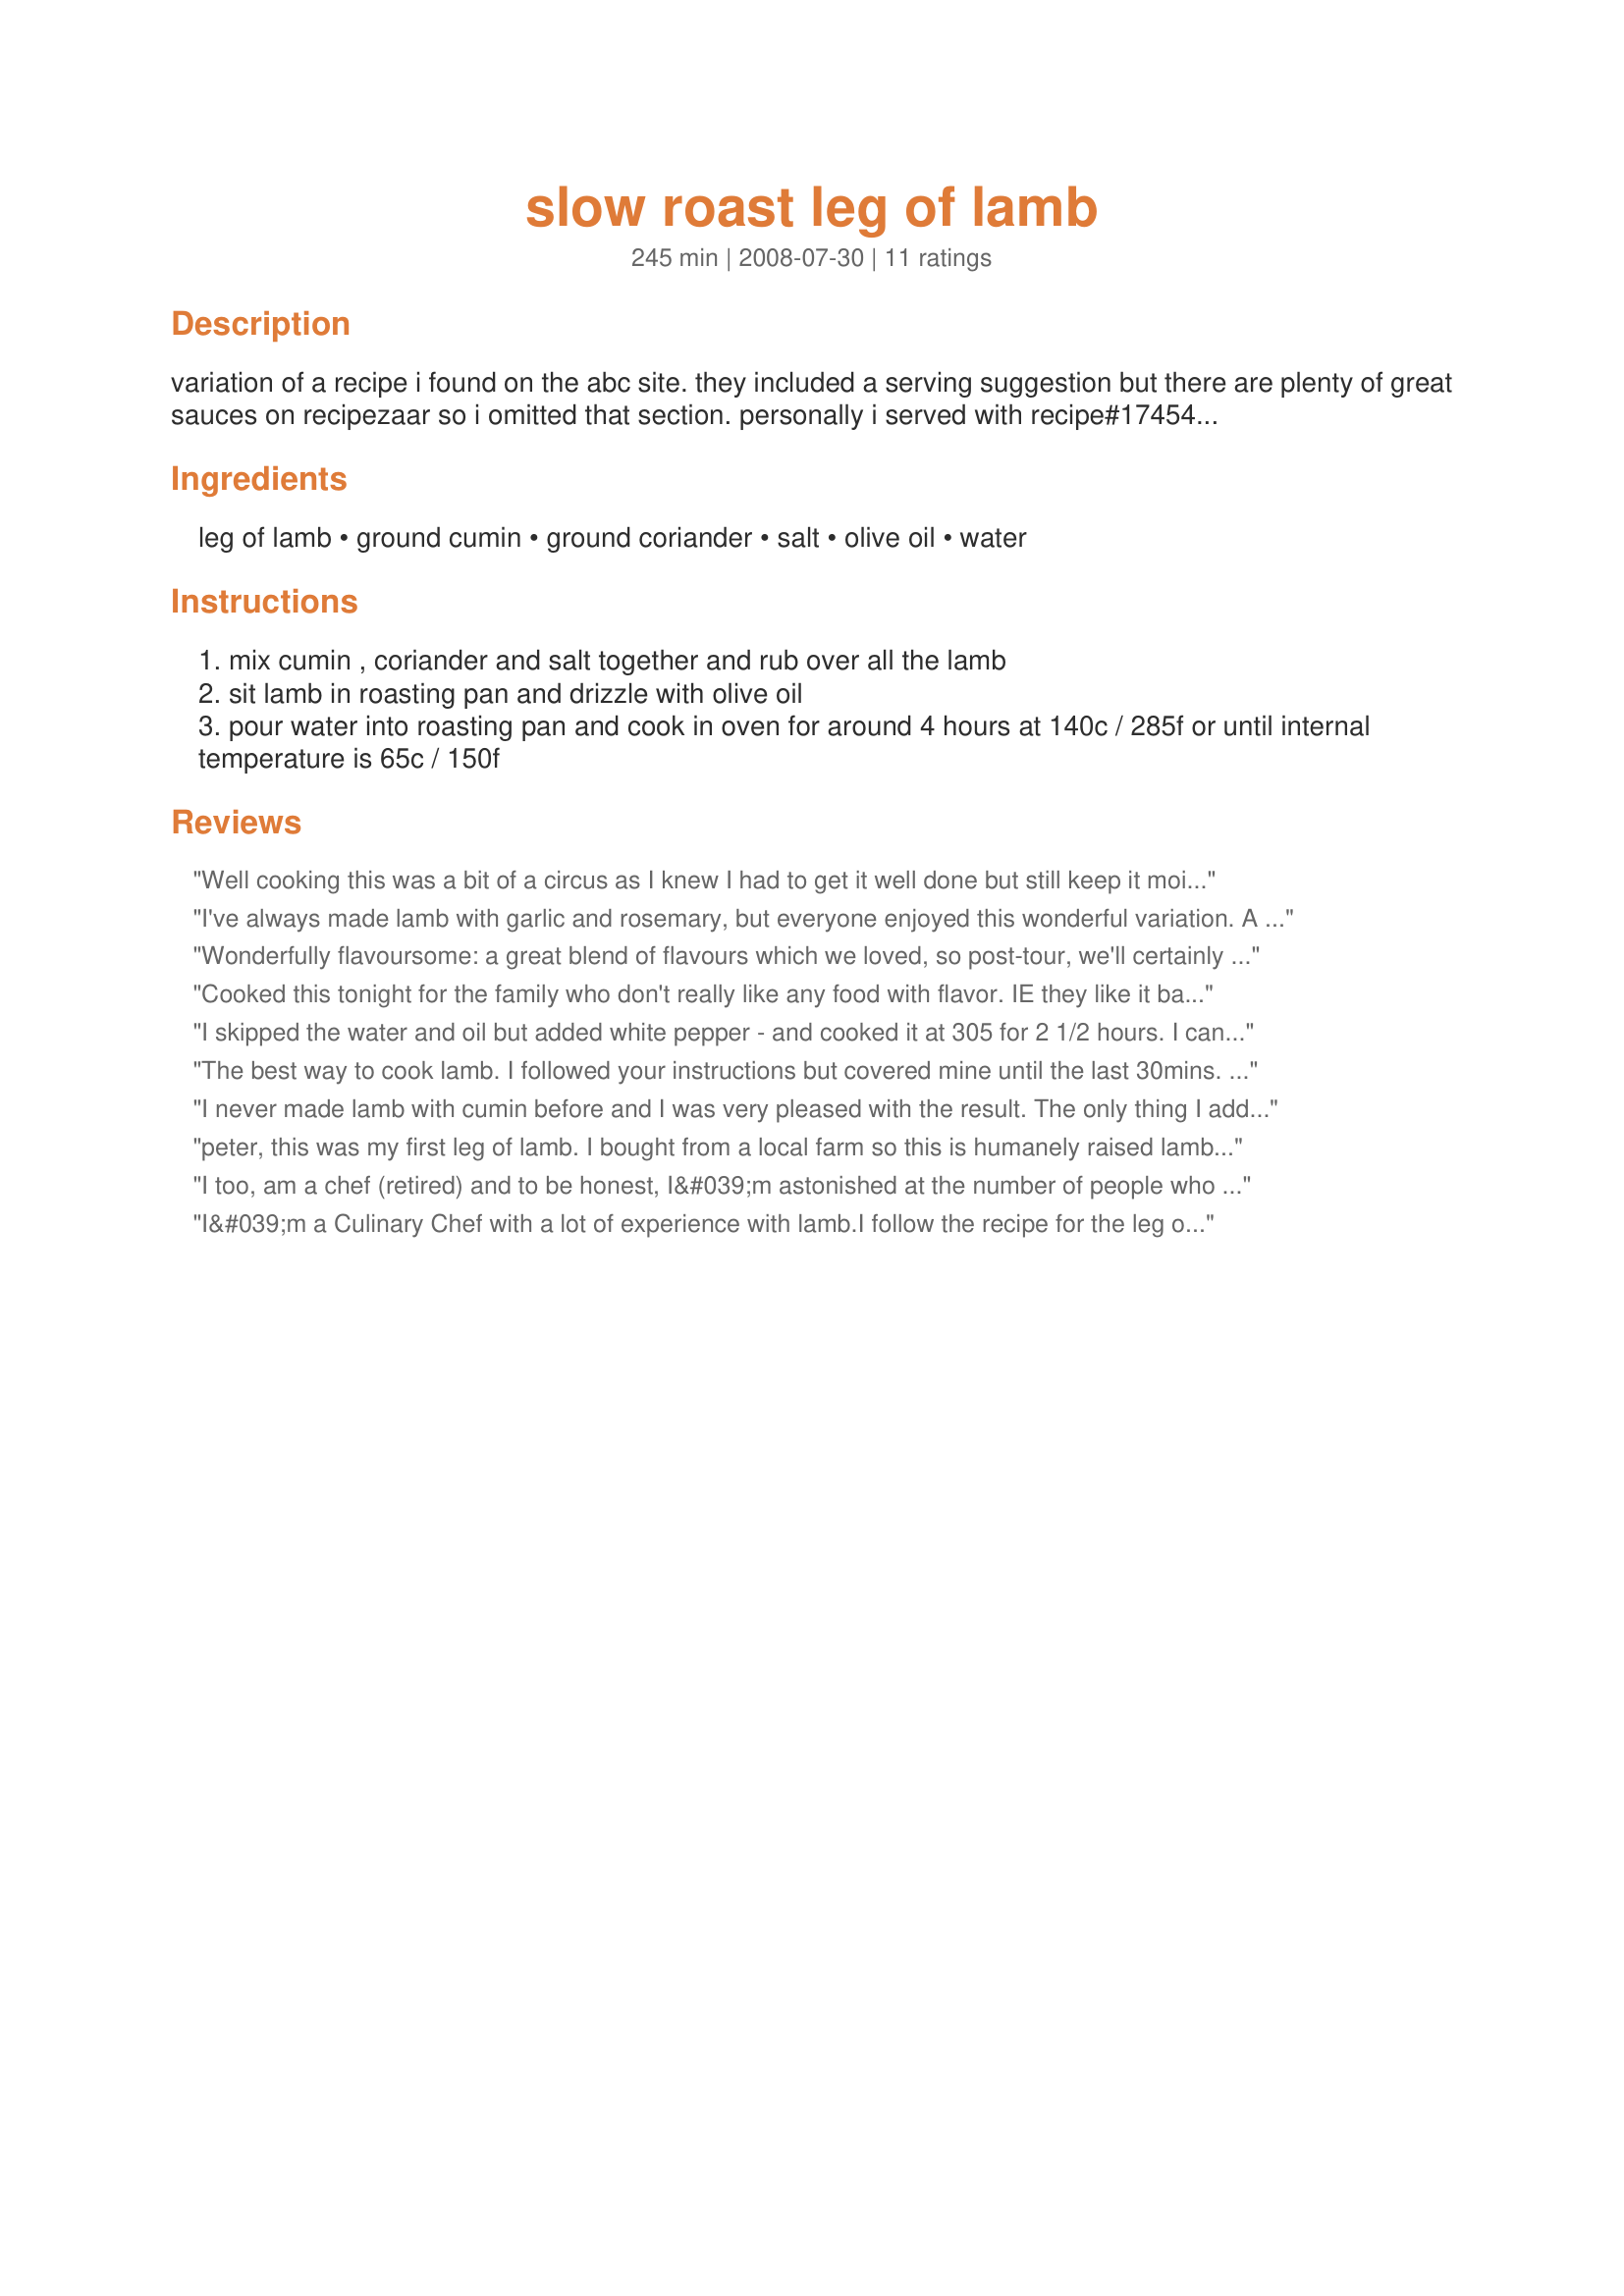
slow roast leg of lamb
Preparation time: 245 minutes

variation of a recipe i found on the abc site. they included a serving suggestion but there are plenty of great sauces on recipezaar so i omitted that section. personally i served with recipe#174543 but thought i'd leave this as an easy to prepare basic techique you can adapt yourself.

Ingredients:
leg of lamb, ground cumin, ground coriander, salt, olive oil, water

Steps:
mix cumin , coriander and salt together and rub over all the lamb
sit lamb in roasting pan and drizzle with olive oil
pour water into roasting pan and cook in oven for around 4 hours at 140c / 285f or until internal temperature is 65c / 150f

Reviews:
Well cooking this was a bit of a circus as I knew I had to get it well done but still keep it moist (achieved that) - baked a 1.8K leg at 130C fan forced for 5 1/4 hours [but thought it would take 6 hours, so had to keep it warm - lowered oven to just warm and put a lid on the roast). The vegies were cooking in the second oven and we bought it all together. Did try making a gravy from the pan juices but did not work, tasted awful to be true to fact. The DH was not at all keen on the flavour combination but I expected that and was hoping to convert him but the DS and I loved (but I would still prefer a bit of pink there but is out voted). Thank you Peter, made as a pressie/recipenap for Aussie/NZ forum Swap #39 April 2010.
I've always made lamb with garlic and rosemary, but everyone enjoyed this wonderful variation. A great plus is that, when cooking, it gives the kitchen a wonderful aroma. Made 1/2 a lamb leg, so halved most ingredients (but used 1 1/2 cups water) and cooked it all for only 2 hours. Tender and delicious. Thanks for posting.
Wonderfully flavoursome: a great blend of flavours which we loved, so post-tour, we'll certainly be making this again. I've always been partial to cumin, but I've never used it in cooking lamb so for us this was a delightful culinary adventure. My only addition was a couple of cloves of minced garlic. I wasn't going to be home until particularly late this evening so left the very-easy-to-follow instructions with my 86 year old mother. As soon as I opened the front door, I was greeted with the most delightful fragrance from the cooked lamb. WOW! Thanks so much for posting this fabulous recipe, Peter. WOW! WOW and WOW again! Made for Ali Baba's Babes for ZWT 5.
Cooked this tonight for the family who don't really like any food with flavor. IE they like it basic, just meat. But they enjoyed a change. Cumin goes great with lamb!
I skipped the water and oil but added white pepper - and cooked it at 305 for 2 1/2 hours. I can't believe how delicious it tasted. This recipe was extremely easy and quick to prepare. This was the first time I ever cooked a lamb leg without garlic and rosemary. It didn't at all taste like cumin. This will be my recipe from now on.
The best way to cook lamb. I followed your instructions but covered mine until the last 30mins. I also sometimes cook my lamb from frozen this way but dont add the water for a simialar result. I loved he subtle flavour the spices gave. I usually just use garlic but will use this from now on with maybe a litle garlic powder added.
A real 'keeper' in my opinion. Thanks for posting :)
I never made lamb with cumin before and I was very pleased with the result. The only thing I added was a little minced garlic. Thanx for a new way to prepare lamb. I loved it!
peter, this was my first leg of lamb. I bought from a local farm so this is humanely raised lamb we are talking about. Your preparation is stunning!! you are right that the aroma it creates while cooking with coriander and cumin is so decadent. I love my leg of lamb and what a tremendous joy to eat it on the Easter vigil and more so on Easter day. Brilliant recipe. The simplicity and result cannot be matched. I couldn&#039;t imagine eating a more delicious lamb. Divine!
I too, am a chef (retired) and to be honest, I&#039;m astonished at the number of people who have never eaten lamb with cumin or coriander... these are classic curry flavours, and lamb - or mutton - is a staple meat for some indian dishes. Does this mean nobody has ever cooked a lamb curry, either - ? Goodness....
For fluid, I used 500ml water, 200ml red wine, 2 heaped tbsps shredless marmalade, then added one shallot, quartered, 2 cloves of garlic, crushed but not skinned, fresh ginger (about the size of a thumb - use only half) peeled and sliced into chunks and fresh rosemary - taken off the stalk, but the needles left whole. About 1 tbsp.
Coated the lamb in a good drizzle of olive oil, then topped it with freshly roasted and ground cumin, coriander 2 cloves of pounded garlic and the remainder of the ginger, finely grated. Added freshly ground pink Himalayan salt. Great meal. And the gravy was out of this world! (Strained the liquor, reduced it, added butter. Amazing.) Served with Pommes de Terre Dauphinoises.
I&#039;m a Culinary Chef with a lot of experience with lamb.I follow the recipe for the leg of lamb, but I changed a few things. After seasoning the lamb and drizzling the olive oil. I crusted the lamb with a light layer of minced garlic, and tied the lamb with butcher twine. Once I sat the lamb in the roaster pan , I substitute the 2 cups of water for a 1 cup of orange juice with 1/4 of freshly grounded black pepper. I started cooking the lamb at 400 degrees for 35-40 minutes covered. Over cover the lamb, and I turn the oven down to 325 degrees for 1 to 1 1/2 hours depending on your oven. The leg of lamb turn out so tender with a sweet citrus taste. It went perfect with collard greens, yams, and macaroni.
Coriander and cumin is not a combination I&#039;d ever considered for a lamb roast, but it sure is delicious. I got a great deal for our area on a boneless lamb roast. I got rid of the mesh they wrap them in now and retied with butcher&#039;s twine. The roast took just minutes to prepare. Mine was just under 2 kg, and the oven I am using only has 25 deg increments for the oven, so that I roasted it at 300 deg and it was done in under 3 hours. I served with just the juices (although I will make a gravy for leftovers), coconut rice and a green salad.
